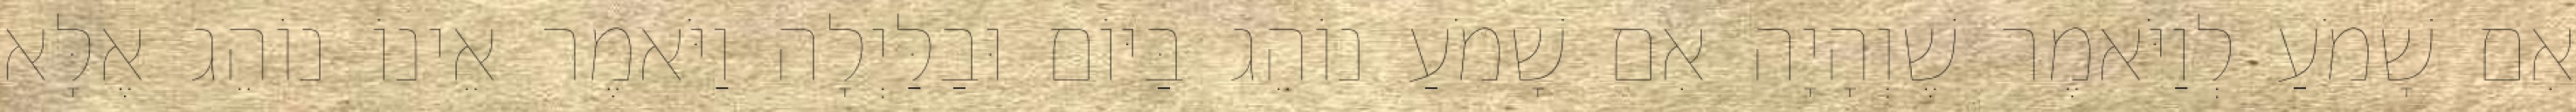
אִם שָׁמֹעַ לְוַיֹּאמֶר שֶׁוְהָיָה אִם שָׁמֹעַ נוֹהֵג בַּיּוֹם וּבַלַּיְלָה וַיֹּאמֶר אֵינוֹ נוֹהֵג אֶלָּא